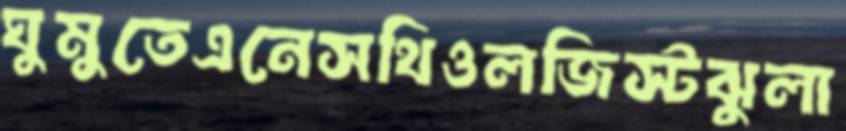
ঘুমুতেএনেসথিওলজিস্টঝুলা